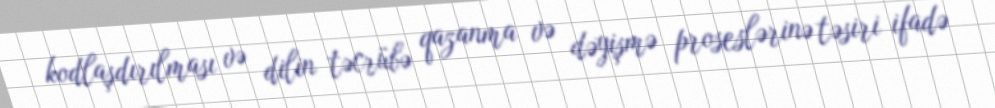
kodlaşdırılması və dilin təcrübə qazanma və dəyişmə proseslərinə təsiri ifadə